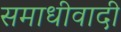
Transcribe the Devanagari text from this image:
समाधीवादी